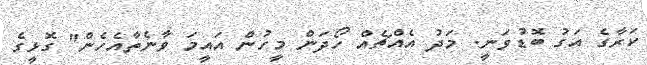
ކަރާގެ އަގު ބޮޑުވަނީ. މަދު އެއްޗެއް ހޯދަން މީހުން އައީމަ ވާނެތާއެހެން" ގޮޅީގެ